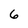
Character: 6